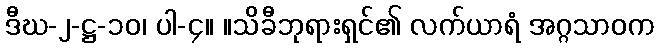
ဒီဃ-၂-ဋ္ဌ-၁၀၊ ပါ-၄။ ။သိခီဘုရားရှင်၏ လက်ယာရံ အဂ္ဂသာဝက